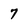
Character: 7